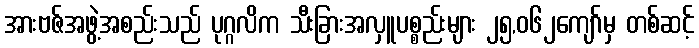
အားဗဇ်အဖွဲ့အစည်းသည် ပုဂ္ဂလိက သီးခြားအလှူပစ္စည်းများ ၂၅,၀၆၂ကျော်မှ တစ်ဆင့်